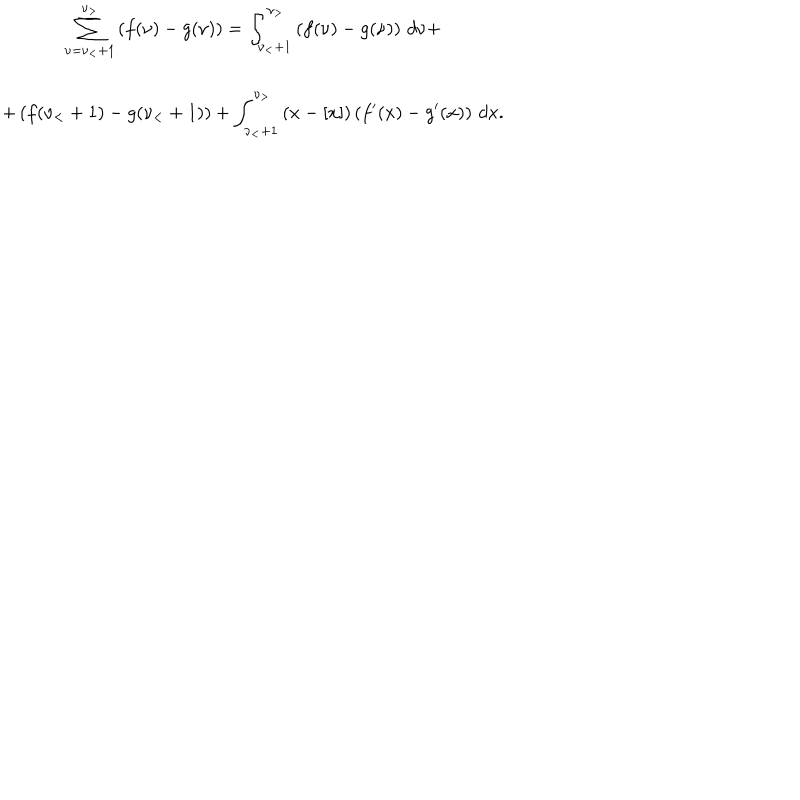
\begin{array} { c } { { \displaystyle { \sum _ { \nu = \nu _ { < } + 1 } ^ { \nu _ { > } } \left( f ( \nu ) - g ( \nu ) \right) = \int _ { \nu _ { < } + 1 } ^ { \nu _ { > } } \left( f ( \nu ) - g ( \nu ) \right) \, d \nu + } } } \\ { { \displaystyle { + \left( f ( \nu _ { < } + 1 ) - g ( \nu _ { < } + 1 ) \right) + \int _ { \nu _ { < } + 1 } ^ { \nu _ { > } } \left( x - [ x ] \right) \left( f ^ { \prime } ( x ) - g ^ { \prime } ( x ) \right) \, d x } . } } \\ \end{array}